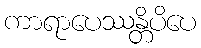
ကာရာပေဿန္တိပိပေ